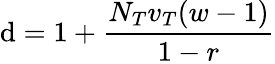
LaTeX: \mathrm{d}=1+\frac{{N_{T}v_{T}(w-1)}}{{1-r}}